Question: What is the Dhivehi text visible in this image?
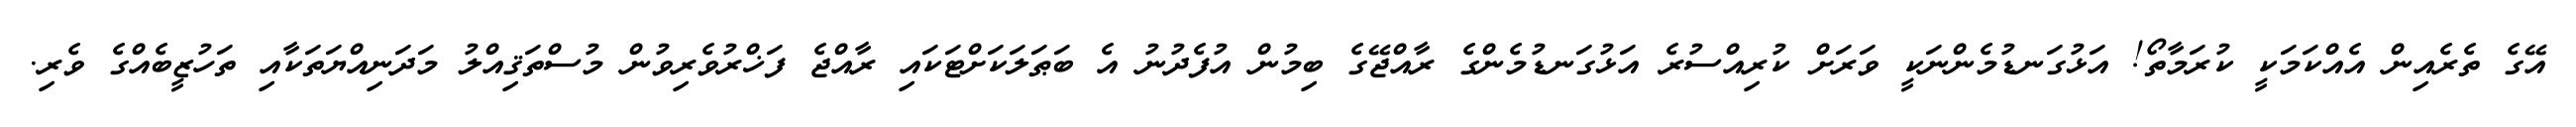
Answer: އޭގެ ތެރެއިން އެއްކަމަކީ ކުރަމާތޯ! އަޅުގަނޑުމެންނަކީ ވަރަށް ކުރިއްސުރެ އަޅުގަނޑުމެންގެ ރާއްޖޭގެ ބިމުން އުފެދުނު އެ ބަޠަލަކަށްޓަކައި ރާއްޖެ ފަޚްރުވެރިވުން މުސްތަޤިއްލު މަދަނިއްޔަތަކާއި ތަހުޒީބެއްގެ ވެރި.